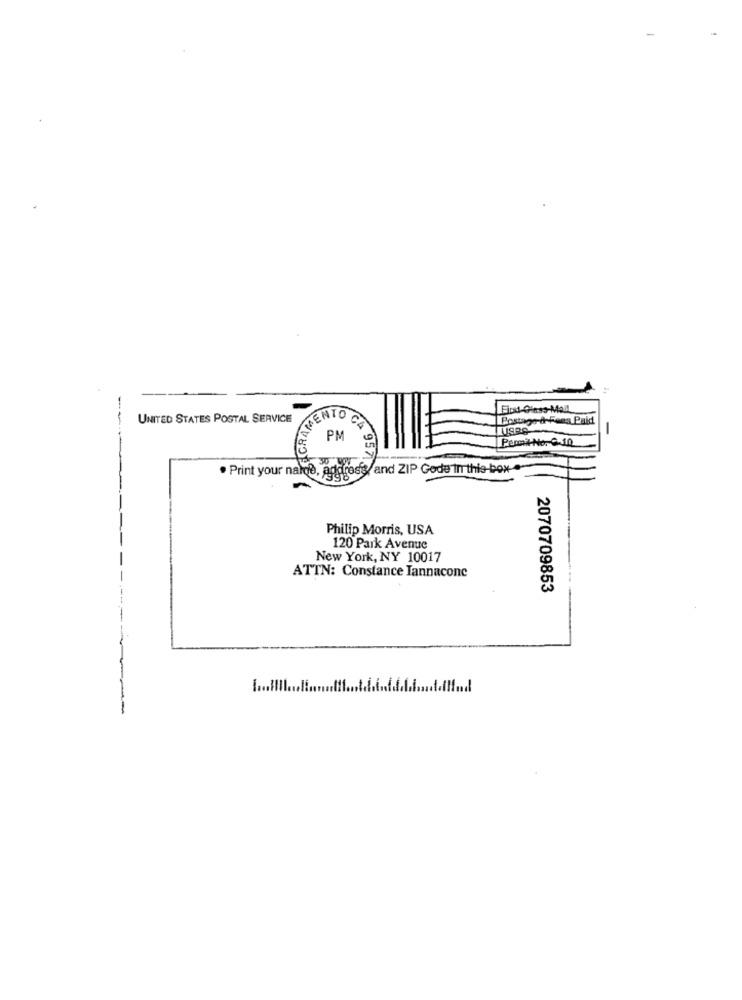
GRAMEN
UNITED STATES POSTAL SERVICE
Postage
2-a-Fees Paid
-
----
PM
Pemit-No. C.10
CA 957
. Print your nalde, address/ and ZIP Gode In this-box
-
Philip Morris, USA
120 Park Avenue
New York, NY 10017
ATTN: Constance Iannacone
2070709853
..... Il ..